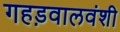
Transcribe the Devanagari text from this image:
गहड़वालवंशी